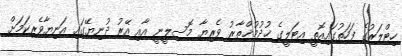
ހިޓްލަރުގެ ފަހަތުގައިއޮތީ އިޓަލީގެ ޚުދުމުޚްތާރު ވެރިޔާ މޮސިލީނީ އާއި އޭރު ދުނިޔޭގައި އަނިޔާވެރިކަމަށް